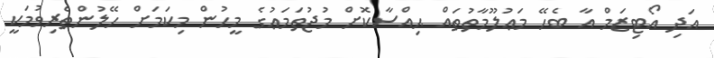
އަދި އޯޓިޒަމް އާ ބެހޭ މަޢުލޫމާތުތައް ޙިއްސާކޮށް މުޖުތަމަޢުގެ މީހުން މިކަމަށް ހޭލުންތެރިވުމަކީ